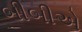
બીબીએ